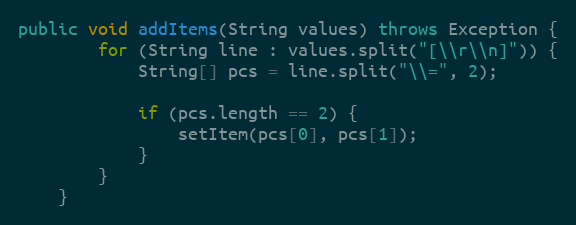
Language: Java
public void addItems(String values) throws Exception {
        for (String line : values.split("[\\r\\n]")) {
            String[] pcs = line.split("\\=", 2);

            if (pcs.length == 2) {
                setItem(pcs[0], pcs[1]);
            }
        }
    }